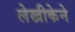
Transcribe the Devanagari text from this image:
लेखीकेने